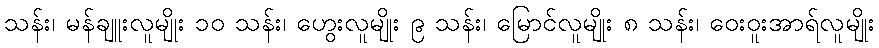
သန်း၊ မန်ချူးလူမျိုး ၁၀ သန်း၊ ဟွေးလူမျိုး ၉ သန်း၊ မြောင်လူမျိုး ၈ သန်း၊ ဝေးဝူးအာရ်လူမျိုး